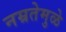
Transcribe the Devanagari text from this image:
नम्रतेमुळे